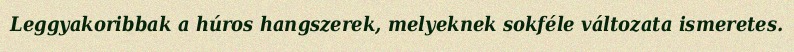
Leggyakoribbak a húros hangszerek, melyeknek sokféle változata ismeretes.